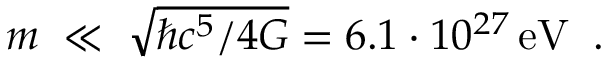
m \; \ll \; \sqrt { \hbar c ^ { 5 } / 4 G } = { 6 . 1 \cdot 1 0 ^ { 2 7 } } \, \mathrm { e V } \; \; .